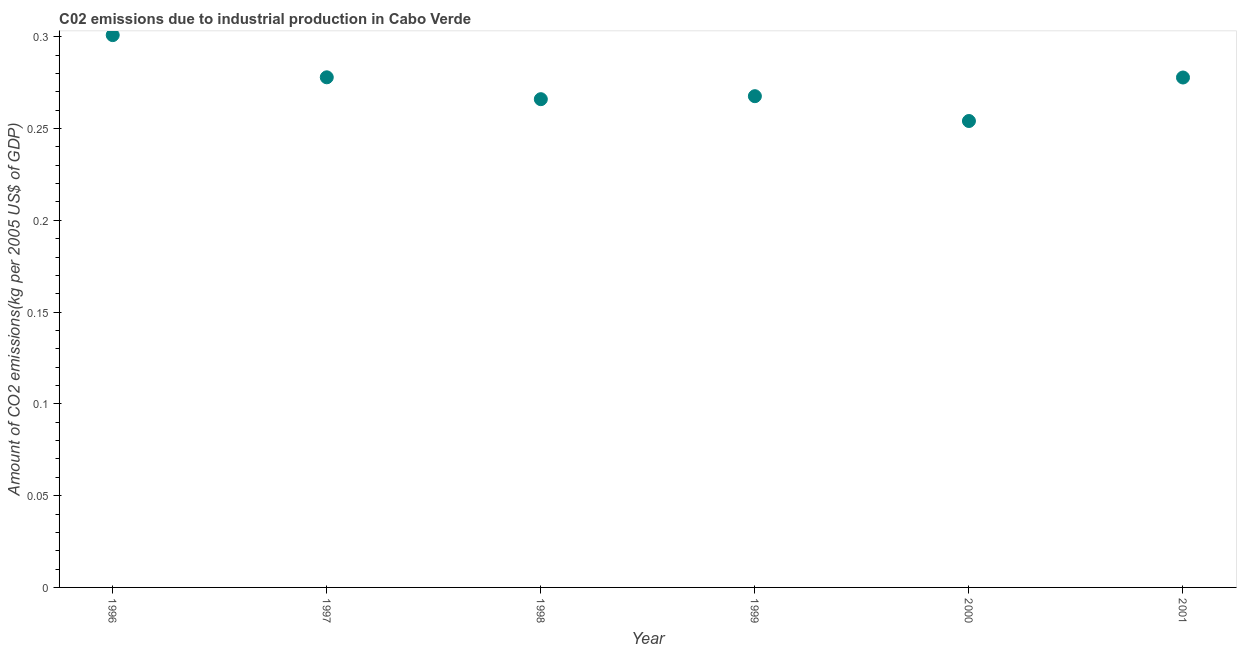
| Year | CO2 emissions  |
 | --- | --- |
 | 1996 | 0.301 |
 | 1997 | 0.278 |
 | 1998 | 0.266 |
 | 1999 | 0.268 |
 | 2000 | 0.254 |
 | 2001 | 0.278 |